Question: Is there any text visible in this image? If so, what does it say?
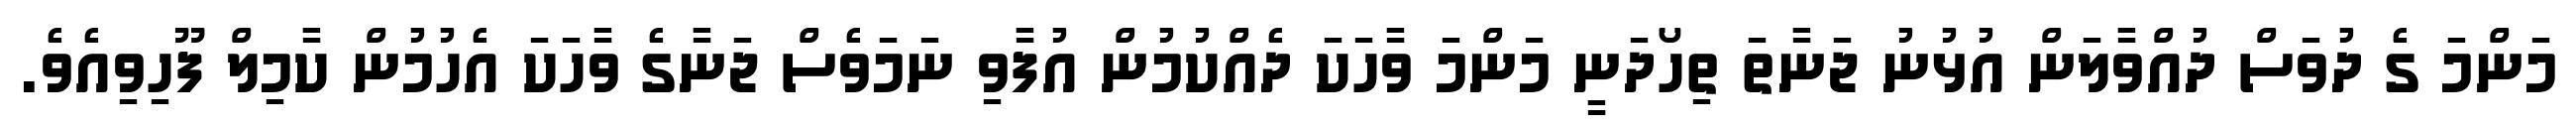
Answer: މަންމަ ގެ ދުވަސް ދުއްވާލަން އުޅުނު ޖަނާތަ ތިހޯދަނީ މަންމަ ވާހަކަ ދެއްކުމުން އުފާވި ނަމަވެސް ޖަނާގެ ވާހަކަ އެހުމުން ކާމިލް ފޫހިވިއެވެ.